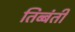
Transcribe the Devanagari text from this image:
तिब्बंती